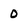
Character: 0